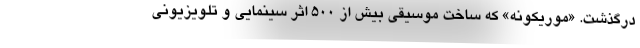
درگذشت. «موریکونه» که ساخت موسیقی بیش از ۵۰۰ اثر سینمایی و تلویزیونی